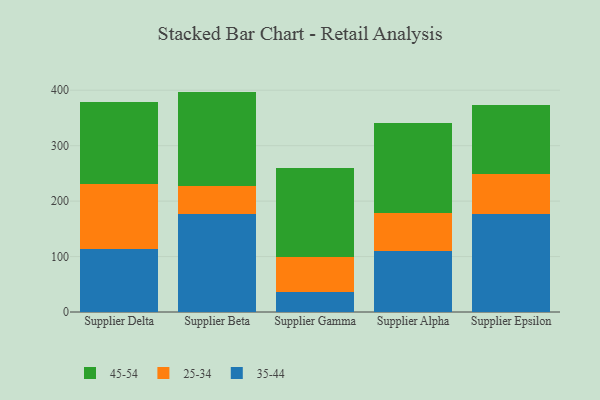
{"axis": {"x": "Supplier", "y": "Bounce Rate (%)"}, "legend": ["25-34", "35-44", "45-54"], "data": [{"x": "Supplier Delta", "y": 114.2, "type": "35-44"}, {"x": "Supplier Delta", "y": 117.4, "type": "25-34"}, {"x": "Supplier Delta", "y": 146.7, "type": "45-54"}, {"x": "Supplier Beta", "y": 176.1, "type": "35-44"}, {"x": "Supplier Beta", "y": 50.5, "type": "25-34"}, {"x": "Supplier Beta", "y": 170.9, "type": "45-54"}, {"x": "Supplier Gamma", "y": 35.8, "type": "35-44"}, {"x": "Supplier Gamma", "y": 63.2, "type": "25-34"}, {"x": "Supplier Gamma", "y": 161.3, "type": "45-54"}, {"x": "Supplier Alpha", "y": 109.8, "type": "35-44"}, {"x": "Supplier Alpha", "y": 68.8, "type": "25-34"}, {"x": "Supplier Alpha", "y": 162.2, "type": "45-54"}, {"x": "Supplier Epsilon", "y": 176.8, "type": "35-44"}, {"x": "Supplier Epsilon", "y": 71.2, "type": "25-34"}, {"x": "Supplier Epsilon", "y": 126.0, "type": "45-54"}]}